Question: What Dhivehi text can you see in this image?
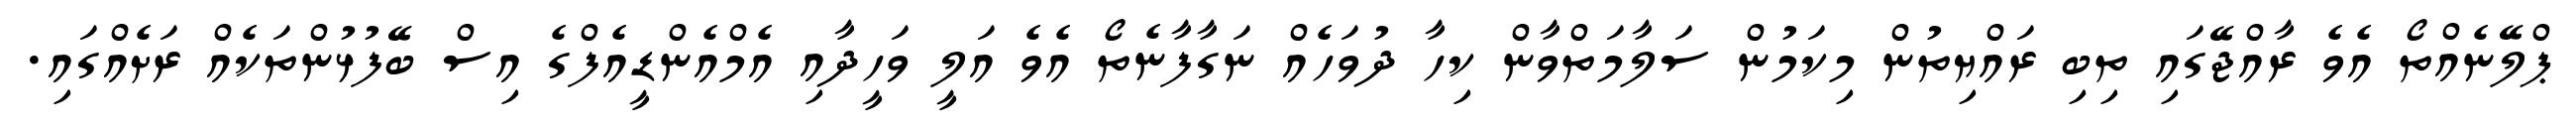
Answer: ޕްލޭނެއްތޯ އެވެ ރާއްޖޭގައި ތިބި ރައްޔިތުން މިކަމުން ސަލާމަތްވާން ކިހާ ދުވަހެއް ނަގާފާނެތޯ އެވެ އަލީ ވަހީދާއި އެމްއެންޑީއެފްގެ އިސް ބޭފުޅުންތަކެއް ރަށެއްގައި.